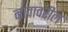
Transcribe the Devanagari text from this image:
नावावरील